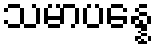
သမာပန္နေ